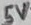
Text: 5V